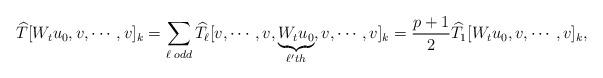
LaTeX: \begin{align*} \widehat{T}[W_t u_0, v, \cdots, v]_k = \sum_{\ell\,\,odd}\widehat{T_\ell}[v, \cdots, v, \underset{\ell'th}{\underbrace{W_t u_0}}, v, \cdots, v]_k = \frac{p+1}{2}\widehat{T_1}[W_tu_0, v, \cdots, v]_k,\end{align*}